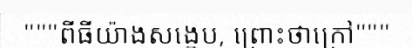
"""ពីធីយ៉ាងសង្ខេប, ព្រោះថាក្រៅ"""